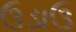
ઉડાઉ